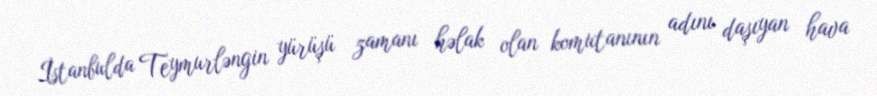
İstanbulda Teymurləngin yürüşü zamanı həlak olan komutanının adını daşıyan hava